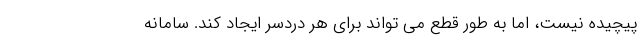
پیچیده نیست، اما به طور قطع می تواند برای هر دردسر ایجاد کند. سامانه